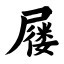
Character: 屦